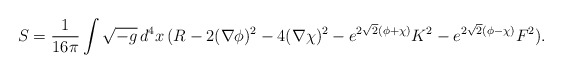
\begin{align*}S=\frac{1}{16\pi} \int \sqrt{-g}\, d^4x\, (R- 2 (\nabla \phi)^2- 4 (\nabla \chi)^2 -e^{2\sqrt{2}(\phi+\chi)} K^2 -e^{2\sqrt{2}(\phi-\chi)} F^2) .\end{align*}